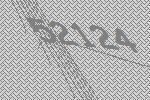
52124